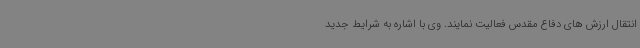
انتقال ارزش های دفاع مقدس فعالیت نمایند. وی با اشاره به شرایط جدید